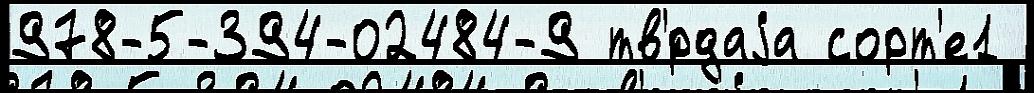
978-5-394-02484-9 тв'́рдаjа сорт'е1